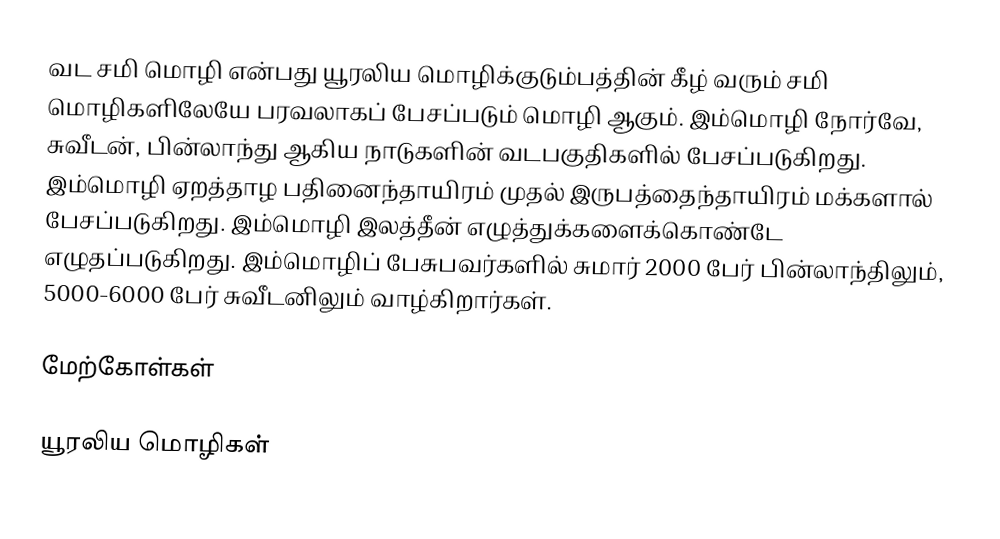
வட சமி மொழி என்பது யூரலிய மொழிக்குடும்பத்தின் கீழ் வரும் சமி மொழிகளிலேயே பரவலாகப் பேசப்படும் மொழி ஆகும். இம்மொழி நோர்வே, சுவீடன், பின்லாந்து ஆகிய நாடுகளின் வடபகுதிகளில் பேசப்படுகிறது. இம்மொழி ஏறத்தாழ பதினைந்தாயிரம் முதல் இருபத்தைந்தாயிரம் மக்களால் பேசப்படுகிறது. இம்மொழி இலத்தீன் எழுத்துக்களைக்கொண்டே எழுதப்படுகிறது. இம்மொழிப் பேசுபவர்களில் சுமார் 2000 பேர் பின்லாந்திலும், 5000-6000 பேர் சுவீடனிலும் வாழ்கிறார்கள்.

மேற்கோள்கள்

யூரலிய மொழிகள்